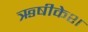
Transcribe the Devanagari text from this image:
ऋषीकेश